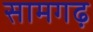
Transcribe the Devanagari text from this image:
सामगढ़